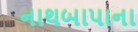
નાથબાપાના